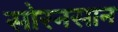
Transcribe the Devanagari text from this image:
सोरनसान